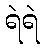
ရဲရဲ